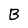
Character: B